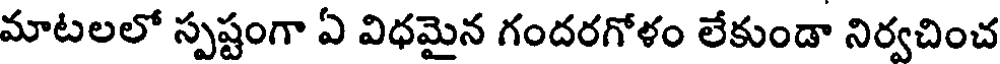
మాటలలో స్పష్టంగా ఏ విధమైన గందరగోళం లేకుండా నిర్వచించ